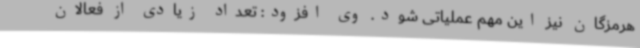
هرمزگان نیز این مهم عملیاتی شود. وی افزود: تعداد زیادی از فعالان